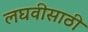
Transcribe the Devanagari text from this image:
लघवीसाठी